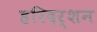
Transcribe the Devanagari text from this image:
हरिदर्शन